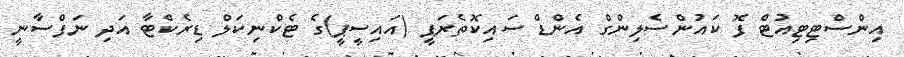
އިންސްޓިޓިއުޓް ފޮ ކައުންސެލިންގް އެންޑް ސައިކޮތެރަޕީ (އައިސީޕީ)ގެ ޓެކްނިކަލް ޑިރެކްޓާ އަދި ނަފްސާނީ